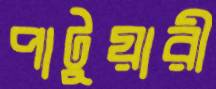
পাটুয়ারী